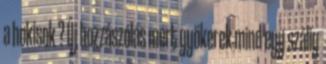
a hokisok ? Új hozzászólás mert gyökerek mind egy szálig